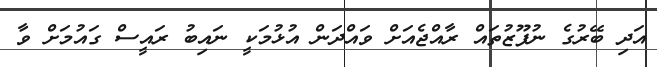
އަދި ބޭރުގެ ނުފޫޒުތައް ރާއްޖެއަށް ވައްދަން އުޅުމަކީ ނައިބު ރައީސް ގައުމަށް ވާ